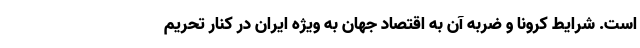
است. شرایط کرونا و ضربه آن به اقتصاد جهان به ویژه ایران در کنار تحریم